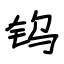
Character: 钨